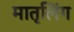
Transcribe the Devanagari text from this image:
मातृलिंग